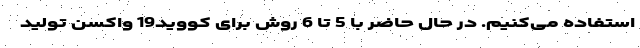
استفاده می‌‌کنیم. در حال حاضر با 5 تا 6 روش برای کووید19 واکسن تولید